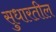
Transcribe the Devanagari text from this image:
सुधारतील